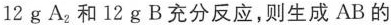
12gA_{2}和12gB充分反应，则生成AB的